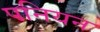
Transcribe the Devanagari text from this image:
पनियन